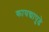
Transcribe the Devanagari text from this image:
कायद्यापुढे